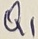
Text: Q1